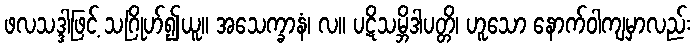
ဖလသဒ္ဒါဖြင့် သဂြိုဟ်၍ယူ။ အသေက္ခာနံ၊ လ။ ပဋိသမ္ဘိဒါပတ္တိ၊ ဟူသော နောက်ဝါကျမှာလည်း